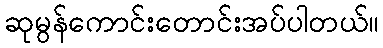
ဆုမွန်ကောင်းတောင်းအပ်ပါတယ်။